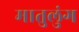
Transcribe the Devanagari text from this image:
मातुलुंग